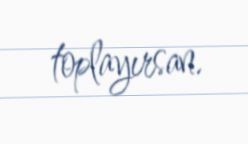
toplayırsan.